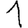
Digit: 1